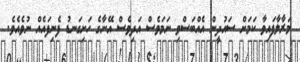
މަރާލާފައިވާ ކަމަށް ސައުދީން އެއްބަސްވި ނަމަވެސް އަދިވެސް އޭނާގެ ހަށިގަނޑު ފެނިފައެއް ނުވެއެވެ.